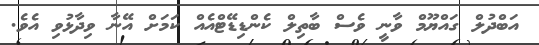
އަބްދުލް ގައްޔޫމް ވާނީ ވެސް ބާތިލް ކެންޑިޑޭޓްއެއް ކަމަށް އޭނާ ވިދާޅުވި އެވެ.